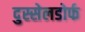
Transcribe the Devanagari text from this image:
दुस्सेलडोर्फ